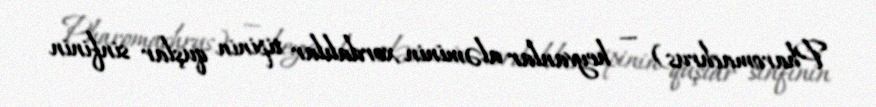
Pharomachrus) — heyvanlar aləminin xordalılar tipinin quşlar sinfinin